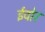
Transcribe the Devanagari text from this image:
ईवोर